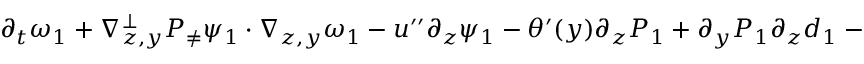
\begin{array} { r } { \partial _ { t } \omega _ { 1 } + \nabla _ { z , y } ^ { \bot } P _ { \neq } \psi _ { 1 } \cdot \nabla _ { z , y } \omega _ { 1 } - u ^ { \prime \prime } \partial _ { z } \psi _ { 1 } - \theta ^ { \prime } ( y ) \partial _ { z } P _ { 1 } + \partial _ { y } P _ { 1 } \partial _ { z } d _ { 1 } - \partial _ { z } P _ { 1 } \partial _ { y } a = 0 , } \end{array}